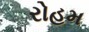
રોહમ